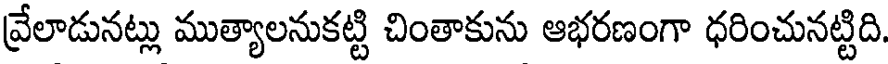
వ్రేలాడునట్లు ముత్యాలనుకట్టి చింతాకును ఆభరణంగా ధరించునట్టిది.